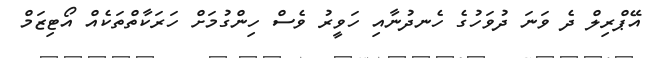
އޭޕްރިލް ދެ ވަނަ ދުވަހުގެ ހެނދުނާއި ހަވީރު ވެސް ހިންގުމަށް ހަރަކާތްތަކެއް އޯޓިޒަމް